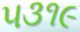
૫૩૧૯